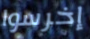
إخرسوا